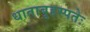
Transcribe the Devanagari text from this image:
धाताबृहस्पतेः